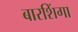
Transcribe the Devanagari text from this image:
बारशिंगा